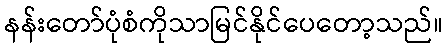
နန်းတော်ပုံစံကိုသာမြင်နိုင်ပေတော့သည်။